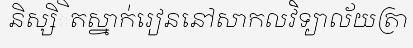
និស្សិិតស្នាក់រៀននៅសាកលវិទ្យាល័យត្រា